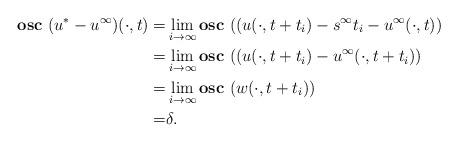
LaTeX: \begin{align*}\mathbf{osc~ }{(u^*-u^\infty)(\cdot,t)}=&\lim\limits_{i \to \infty }\mathbf{osc~ }((u(\cdot,t+t_i)-s^\infty t_i-u^\infty(\cdot,t)) \\=&\lim \limits_{i \to \infty }\mathbf{osc~ }((u(\cdot,t+t_i)-u^\infty(\cdot,t+t_i)) \\=&\lim \limits_{i \to \infty }\mathbf{osc~ }(w(\cdot,t+t_i)) \\=&\delta. \end{align*}